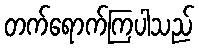
တက်ရောက်ကြပါသည်